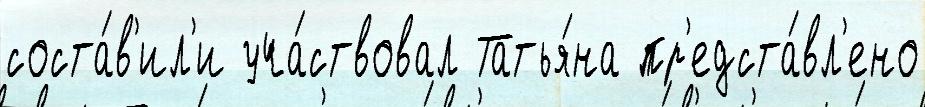
соста́в'ил'и уча́ствовал Татья́на пр'едста́вл'ено